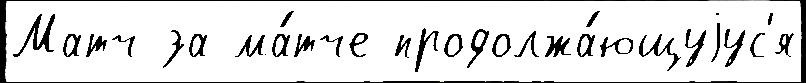
Матч за ма́тче продолжа́ющуjус'я